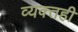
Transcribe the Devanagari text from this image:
व्‍यक्‍तही